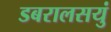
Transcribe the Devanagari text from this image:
डबरालसयुं